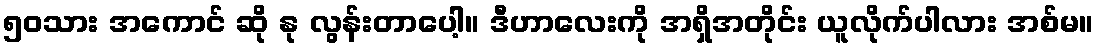
၅၀သား အကောင် ဆို နု လွန်းတာပေါ့။ ဒီဟာလေးကို အရှိအတိုင်း ယူလိုက်ပါလား အစ်မ။